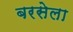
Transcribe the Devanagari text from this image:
बरसेला